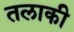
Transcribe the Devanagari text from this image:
तलाकी